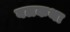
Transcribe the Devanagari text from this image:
बलकथा